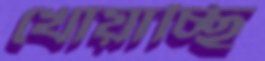
খোয়াচ্ছি